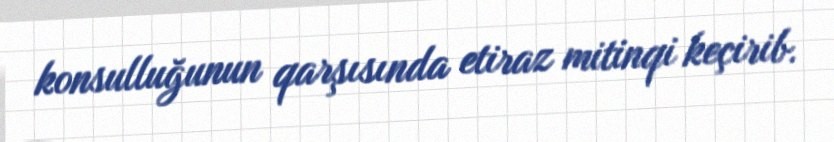
konsulluğunun qarşısında etiraz mitinqi keçirib.